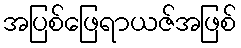
အပြစ်ဖြေရာယဇ်အဖြစ်